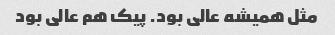
مثل همیشه عالی بود. پیک هم عالی بود